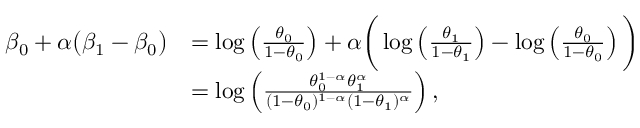
\begin{array} { r l } { \beta _ { 0 } + \alpha \big ( \beta _ { 1 } - \beta _ { 0 } \big ) } & { = \log \left( \frac { \theta _ { 0 } } { 1 - \theta _ { 0 } } \right) + \alpha \bigg ( \log \left( \frac { \theta _ { 1 } } { 1 - \theta _ { 1 } } \right) - \log \left( \frac { \theta _ { 0 } } { 1 - \theta _ { 0 } } \right) \bigg ) } \\ & { = \log \left( \frac { \theta _ { 0 } ^ { 1 - \alpha } \theta _ { 1 } ^ { \alpha } } { ( 1 - \theta _ { 0 } ) ^ { 1 - \alpha } ( 1 - \theta _ { 1 } ) ^ { \alpha } } \right) , } \end{array}